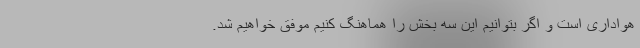
هواداری است و اگر بتوانیم این سه بخش را هماهنگ کنیم موفق خواهیم شد.